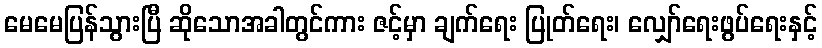
မေမေပြန်သွားပြီ ဆိုသောအခါတွင်ကား ဇင့်မှာ ချက်ရေး ပြုတ်ရေး၊ လျှော်ရေးဖွပ်ရေးနှင့်